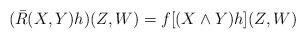
LaTeX: \begin{align*}(\bar R(X,Y)h)(Z,W)=f[(X\wedge Y)h](Z,W)\end{align*}